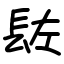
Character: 䦈